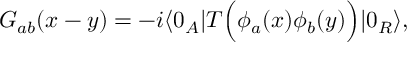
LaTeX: G _ { a b } ( x - y ) = - i \langle 0 _ { A } | T \Big ( \phi _ { a } ( x ) \phi _ { b } ( y ) \Big ) | 0 _ { R } \rangle ,